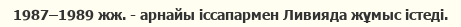
1987–1989 жж. - арнайы іссапармен Ливияда жұмыс істеді.